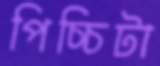
পিচ্চিটা